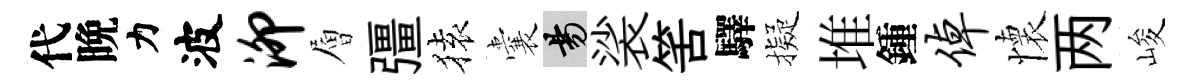
代晩力波泖層彊𫞤囊昜裟筈驛擬堆鍾倬懷两峻